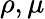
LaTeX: \rho,\mu